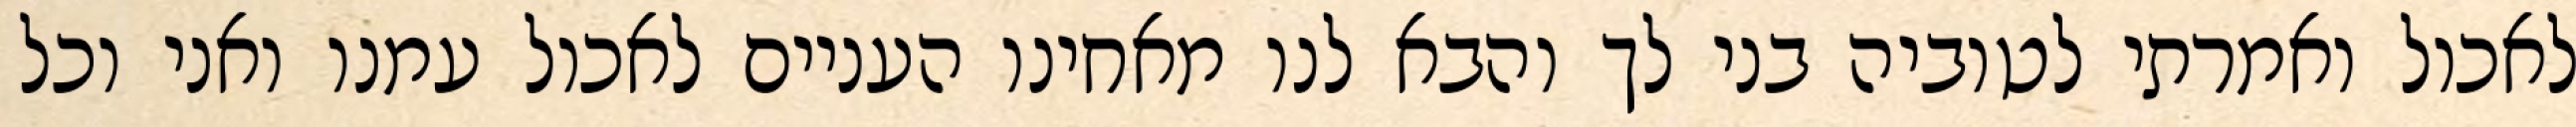
לאכול ואמרתי לטוביה בני לך והבא לנו מאחינו העניים לאכול עמנו ואני וכל